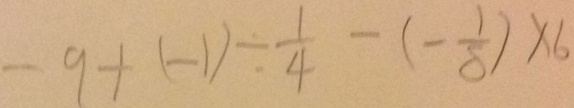
- 9 + ( - 1 ) \div \frac { 1 } { 4 } - ( - \frac { 1 } { 8 } ) \times 6